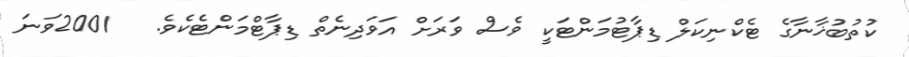
ކުތުބުޚާނާގެ ޓެކްނިކަލް ޑިޕާޓުމަންޓަކީ ވެސް ވަރަށް އަވަދިނެތް ޑިޕާޓްމަންޓެކެވެ.   2001ވަނަ